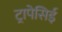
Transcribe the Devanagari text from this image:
ट्रापेसिई